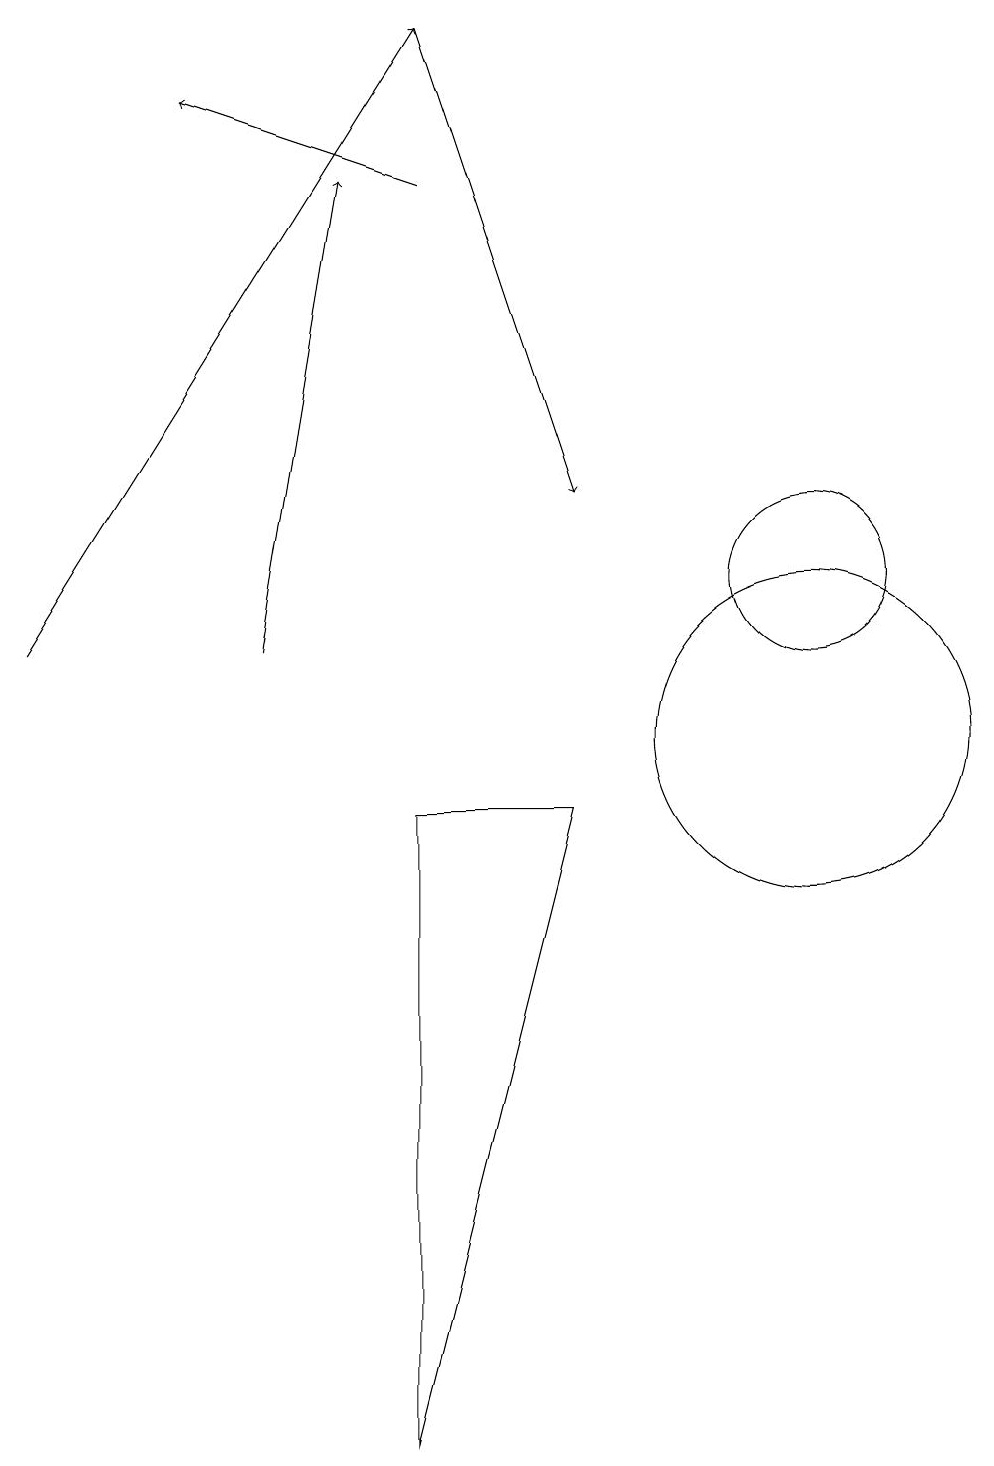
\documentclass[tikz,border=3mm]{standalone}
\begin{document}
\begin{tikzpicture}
\draw[->] (4,11) -- (5,17);
\draw (11,12) circle (1);
\draw[->] (6,17) -- (3,18);
\draw (11,10) circle (2);
\draw (6,9) -- (6,1) -- (8,9) -- cycle;
\draw[->] (1,11) -- (6,19);
\draw[->] (6,19) -- (8,13);
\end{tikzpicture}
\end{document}